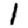
Digit: 1